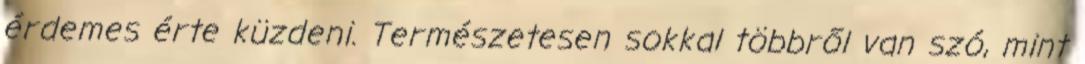
érdemes érte küzdeni. Természetesen sokkal többről van szó, mint